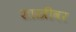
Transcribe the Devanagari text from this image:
शास्त्रींवर